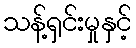
သန့်ရှင်းမှုနှင့်